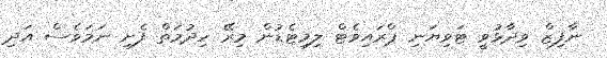
ނާފިޒް ވިދާޅުވީ ޓަވިޔަނި ޕްރައިވެޓް ލިމިޓެޑުން މިރޭ ހިދުމަތް ފެށި ނަމަވެސް އަދި